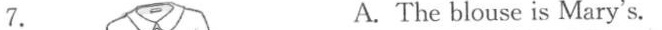
A.The blouse is Mary's.